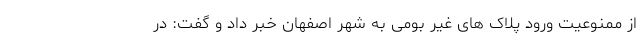
از ممنوعیت ورود پلاک های غیر بومی به شهر اصفهان خبر داد و گفت: در